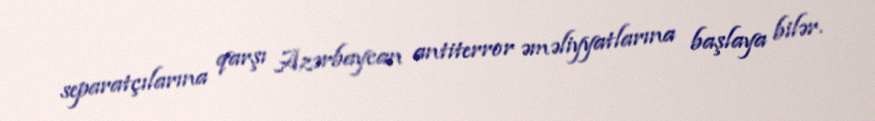
separatçılarına qarşı Azərbaycan antiterror əməliyyatlarına başlaya bilər.